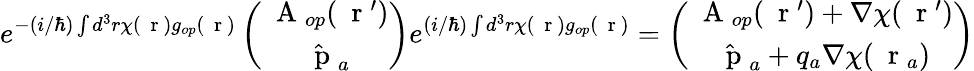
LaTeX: e^{-(i/\hbar)\int d^{3}r\chi(\mathrm{~\mathbf~r~})g_{op}(\mathrm{~\mathbf~r~})}\left(\begin{array}{c}{\mathrm{~\mathbf~A~}_{op}(\mathrm{~\mathbf~r~}^{\prime})}\\ {\hat{\mathrm{~\mathbf~p~}}_{a}}\end{array}\right)e^{(i/\hbar)\int d^{3}r\chi(\mathrm{~\mathbf~r~})g_{op}(\mathrm{~\mathbf~r~})}=\left(\begin{array}{c}{\mathrm{~\mathbf~A~}_{op}(\mathrm{~\mathbf~r~}^{\prime})+\nabla\chi(\mathrm{~\mathbf~r~}^{\prime})}\\ {\hat{\mathrm{~\mathbf~p~}}_{a}+q_{a}\nabla\chi(\mathrm{~\mathbf~r~}_{a})}\end{array}\right)